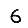
Digit: 6